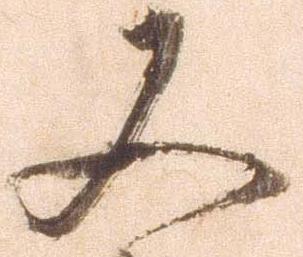
又